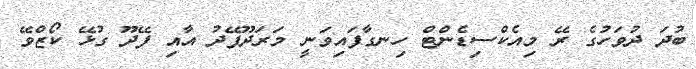
ބުދަ ދުވަހުގެ ރޭ މިއެކްސިޑެންޓް ހިނގާފައިވަނީ މަރަދޫފޭދު އާއި ފޭދޫ ގުޅޭ ކޯޒްވޭ